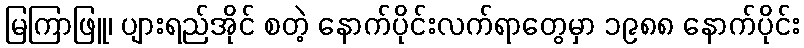
မြကြာဖြူ၊ ပျားရည်အိုင် စတဲ့ နောက်ပိုင်းလက်ရာတွေမှာ ၁၉၈၈ နောက်ပိုင်း